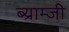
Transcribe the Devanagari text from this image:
ब्य्राम्जी